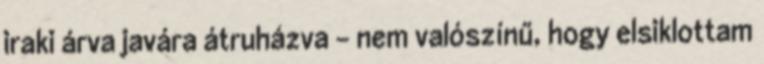
iraki árva javára átruházva – nem valószínű, hogy elsiklottam